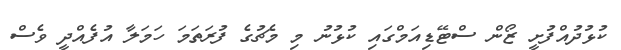
ކުޅުދުއްފުށީ ޒޯން ސްޓޭޑިއަމްގައި ކުޅުނު މި މެޗުގެ ފުރަތަމަ ހަމަލާ އުފެއްދީ ވެސް